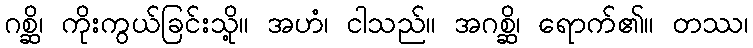
ဂစ္ဆိ၊ ကိုးကွယ်ခြင်းသို့။ အဟံ၊ ငါသည်။ အဂစ္ဆိ၊ ရောက်၏။ တဿ၊